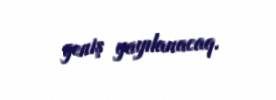
geniş yayılanacaq.